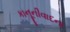
કાનૂનીવાદના